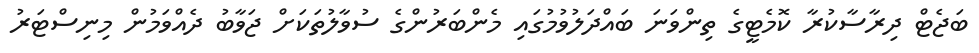
ބަޖެޓް ދިރާސާކުރާ ކޮމެޓީގެ ތިންވަނަ ބައްދަލުވުމުގައި މެންބަރުންގެ ސުވާލުތަކަށް ޖަވާބު ދެއްވަމުން މިނިސްޓަރު